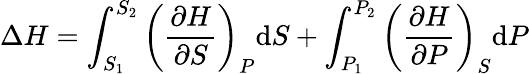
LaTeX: \Delta H=\int_{S_{1}}^{S_{2}}\left({\frac{\partial H}{\partial S}}\right)_{P}\mathrm{d}S+\int_{P_{1}}^{P_{2}}\left({\frac{\partial H}{\partial P}}\right)_{S}\mathrm{d}P